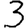
Digit: 3